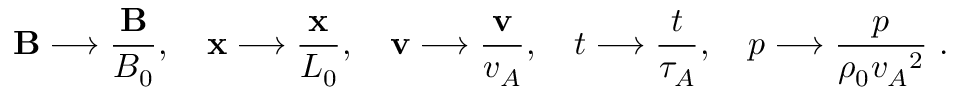
{ \bf { B } } \longrightarrow \frac { { \bf { B } } } { B _ { 0 } } , \quad { \bf { x } } \longrightarrow \frac { \bf { x } } { L _ { 0 } } , \quad { \bf { v } } \longrightarrow \frac { \bf { v } } { v _ { A } } , \quad t \longrightarrow \frac { t } { \tau _ { A } } , \quad p \longrightarrow \frac { p } { \rho _ { 0 } { v _ { A } } ^ { 2 } } ~ .